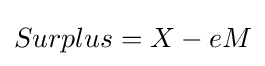
Surplus=X-eM